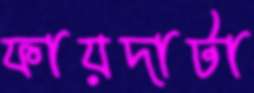
ফায়দাটা